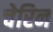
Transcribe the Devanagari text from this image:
चेरिन